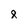
Character: 8